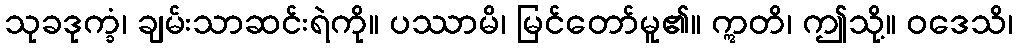
သုခဒုက္ခံ၊ ချမ်းသာဆင်းရဲကို။ ပဿာမိ၊ မြင်တော်မူ၏။ ဣတိ၊ ဤသို့။ ဝဒေသိ၊